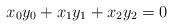
LaTeX: \begin{align*}x_0y_0+x_1y_1+x_2y_2=0\end{align*}